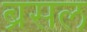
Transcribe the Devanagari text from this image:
ब्रसल